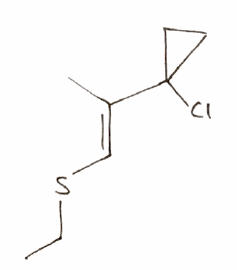
Simplified molecular-input line-entry system (SMILES) notation of the given molecule:
CCS/C=C(\C)/C1(CC1)Cl